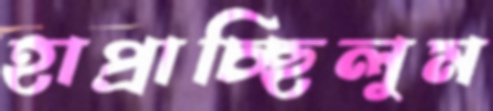
হাপ্‌রাচ্ছিলুম